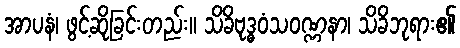
အာပနံ၊ ဖွင့်ဆိုခြင်းတည်း။ သိခိဗုဒ္ဓဝံသဝဏ္ဏနာ၊ သိခိဘုရား၏